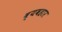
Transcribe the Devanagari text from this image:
व्यवहार